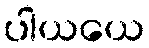
ပါယယေ